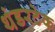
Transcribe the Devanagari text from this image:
थंडरटेक